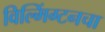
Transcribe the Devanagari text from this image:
विल्मिंग्टनचा